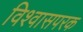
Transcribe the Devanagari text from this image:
विश्वासपरक